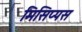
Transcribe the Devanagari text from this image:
मिसिप्पस